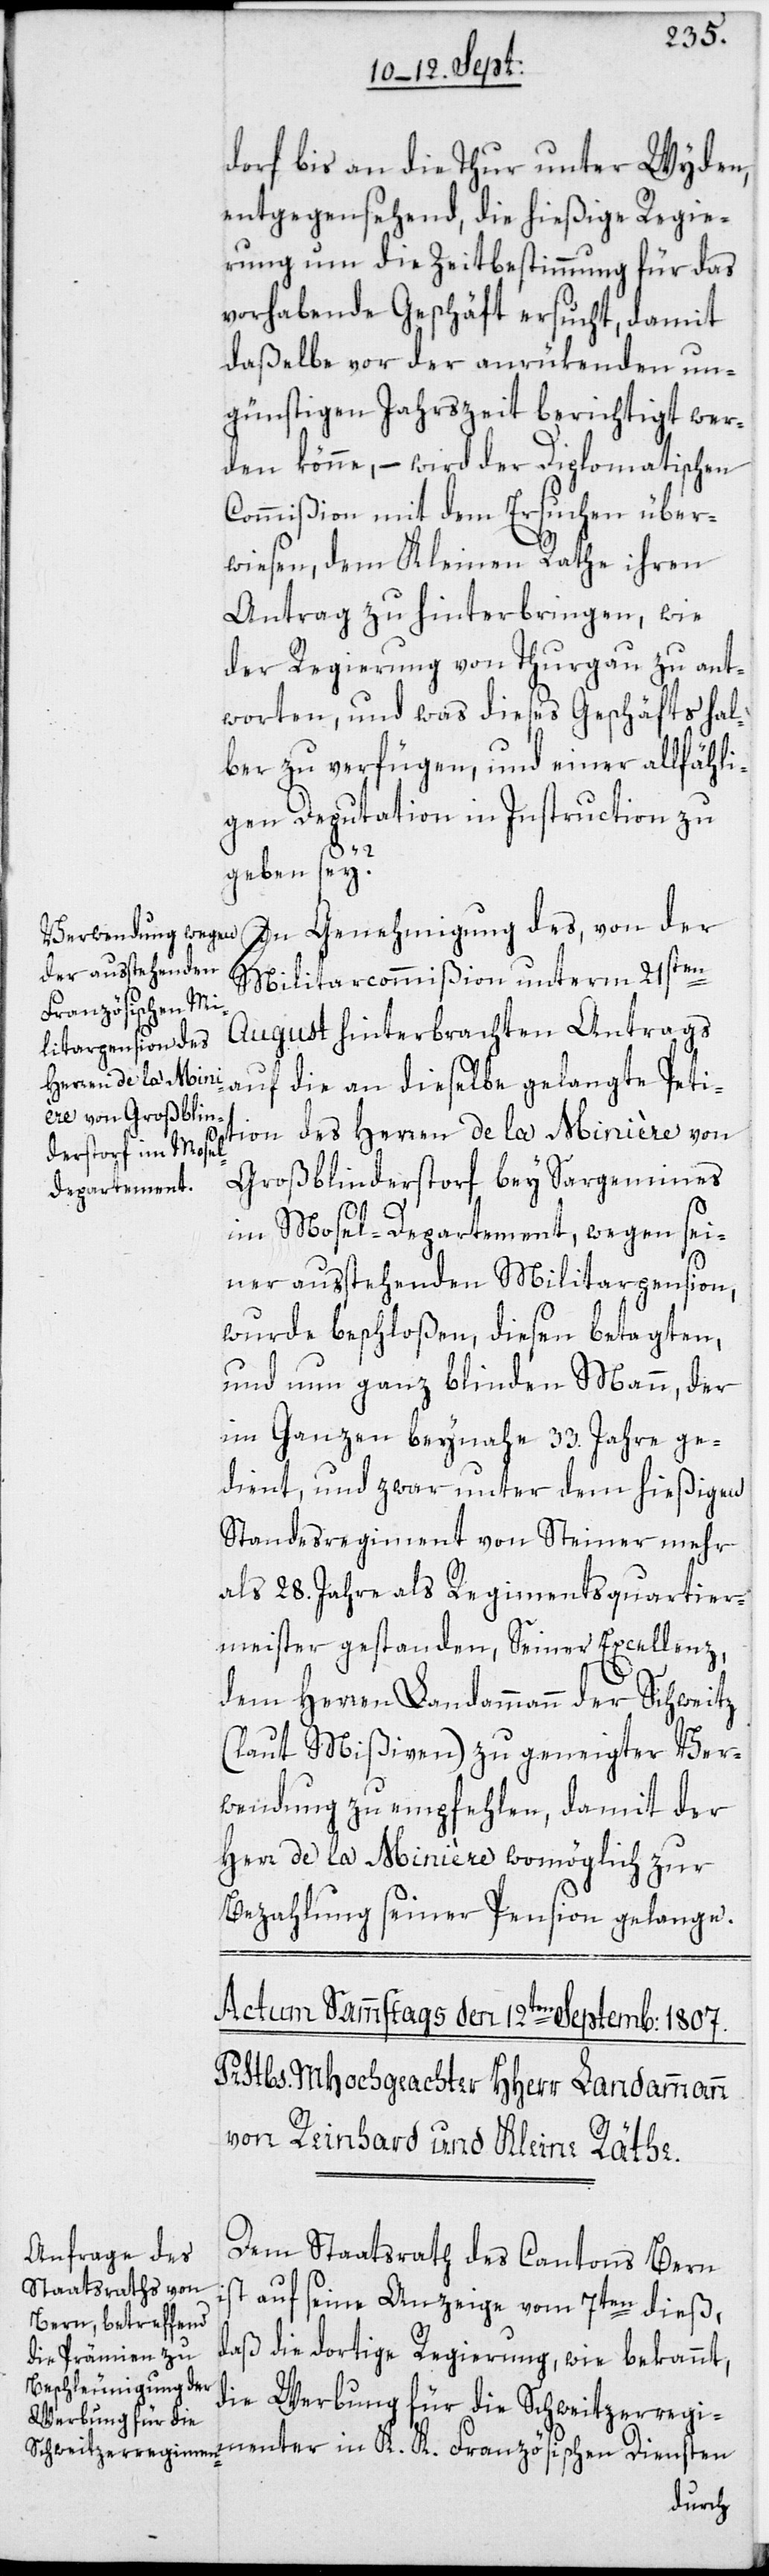
dorf bis an die Thur unter Wyden,
entgegensehend, die hießige Regie¬
rung um die Zeitbestimmung für das
vorhabende Geschäft ersucht, damit
daßelbe vor der anrükenden un¬
günstigen Jahrszeit berichtigt wer¬
den könne, – wird der Diplomatischen
Commißion mit dem Ersuchen über¬
wiesen, dem Kleinen Rathe ihren
Antrag zu hinterbringen, wie
der Regierung von Thurgau zu ant¬
worten, und was dieses Geschäfts hal¬
ber zu verfügen, und einer allfähli¬
gen Deputation in Instruction zu
geben sey?
In Genehmigung des, von der
Militarcommißion unterm 21sten
August hinterbrachten Antrags
auf die an dieselbe gelangte Peti¬
des Herren de la Minière von
tion
Großblinderstorf bey Sargemines
im Mosel-Departement, wegen sei¬
ner ausstehenden Militarpension,
wurde beschloßen, diesen betagten,
und nun ganz blinden Mann, der
im Ganzen beynahe 33. Jahre ge¬
dient, und zwar unter dem hießigen
Standesregiment von Steiner mehr
als 28. Jahre als Regimentsquartier¬
meister gestanden, Seiner Excellenz,
dem Herren Landammann der Schweitz
(laut Mißiven) zu geneigter Ver¬
wendung zu empfehlen, damit der
Herr de la Minière womöglich zur
Bezahlung seiner Pension gelange.
Dem Staatsrath des Cantons Bern
ist auf seine Anzeige vom 7ten dieß,
daß die dortige Regierung, wie bekannt,
die Werbung für die Schweitzerregi¬
menter in K. K. Französischen Diensten